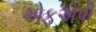
એફએપી